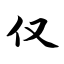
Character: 仅